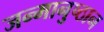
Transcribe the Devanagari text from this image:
जन्मानुष्ठान